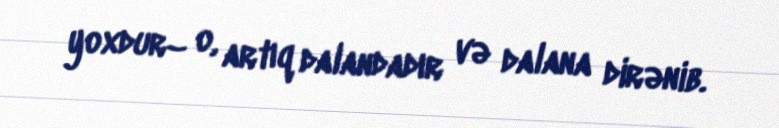
yoxdur– o, artıq dalandadır və dalana dirənib.